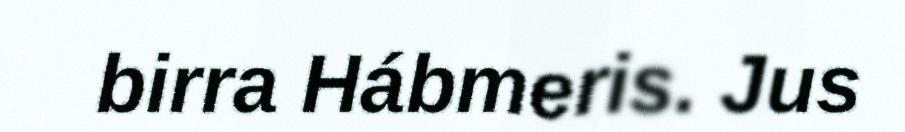
birra Hábmeris. Jus